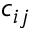
c _ { i j }